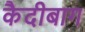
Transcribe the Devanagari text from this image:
कैदीबाग